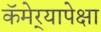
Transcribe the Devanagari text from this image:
कॅमेर्‍यापेक्षा